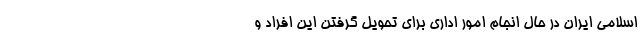
اسلامی ایران در حال انجام امور اداری برای تحویل گرفتن این افراد و